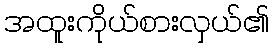
အထူးကိုယ်စားလှယ်၏